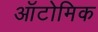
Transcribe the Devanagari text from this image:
ऑटोमिक